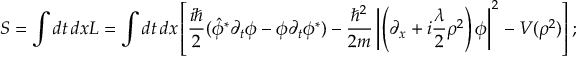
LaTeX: S = \int d t \, d x { \cal L } = \int d t \, d x \left[ \frac { i \hbar } { 2 } ( \hat { \phi } ^ { * } \partial _ { t } { \phi } - { \phi } \partial _ { t } { \phi } ^ { * } ) - \frac { \hbar ^ { 2 } } { 2 m } \left| \left( \partial _ { x } + i { \frac { \lambda } { 2 } } \rho ^ { 2 } \right) \phi \right| ^ { 2 } - V ( \rho ^ { 2 } ) \right] ;